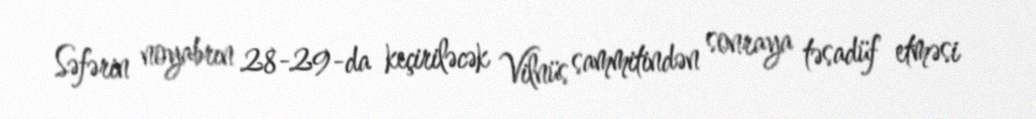
Səfərin noyabrın 28-29-da keçiriləcək Vilnüs sammitindən sonraya təsadüf etməsi